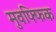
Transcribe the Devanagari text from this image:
मुवफ्फिक